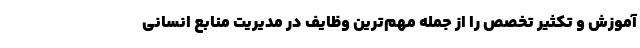
آموزش و تکثیر تخصص را از جمله مهم‌ترین وظایف در مدیریت منابع انسانی